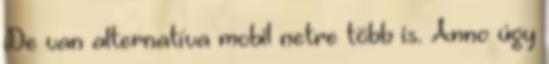
De van alternatíva mobil netre több is. Anno úgy